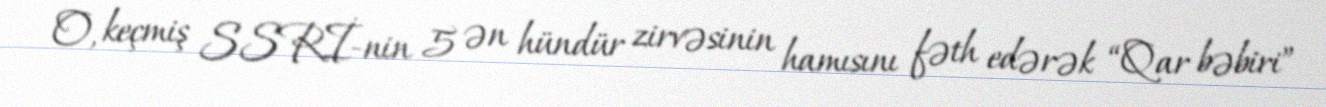
O, keçmiş SSRİ-nin 5 ən hündür zirvəsinin hamısını fəth edərək “Qar bəbiri”